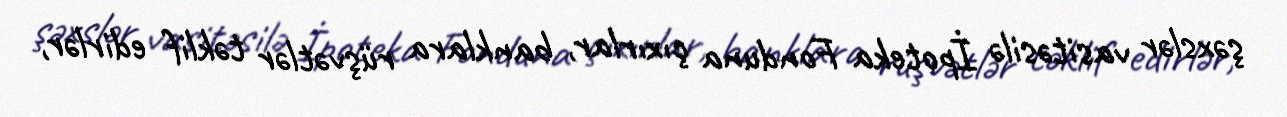
şəxslər vasitəsilə İpoteka Fonduna çıxırlar, banklara rüşvətlər təklif edirlər,